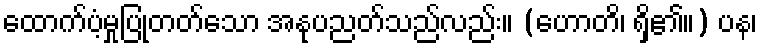
ထောက်ပံ့မှုပြုတတ်သော အနုပညတ်သည်လည်း။ (ဟောတိ၊ ရှိ၏။) ပန၊